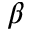
\beta